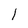
Character: 1